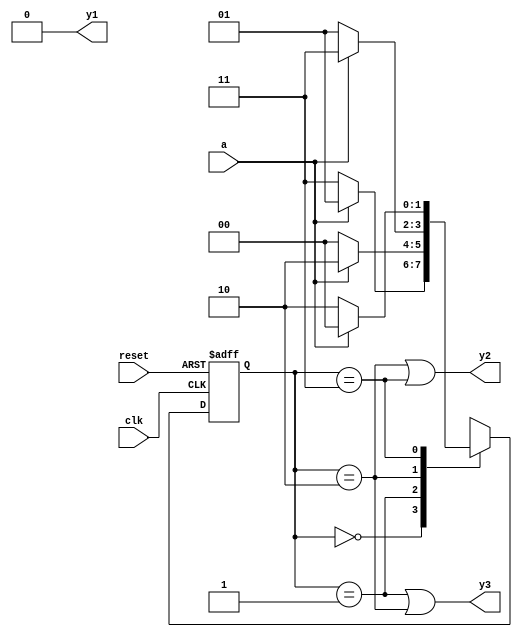
module FSM_Moore (input clk, reset, a, output y1,y2,y3);

reg [1:0] state, nextstate;

parameter e0 = 3'b000;
parameter e1 = 3'b001;
parameter e2 = 3'b010;
parameter e3 = 3'b011;
parameter e4 = 3'b100;
parameter e5 = 3'b101;
parameter e6 = 3'b110;
parameter e7 = 3'b111;

always@(posedge clk or posedge reset)
	if (reset==1)
		state <= e0;
	else
		state <= nextstate;

always@ (*)
	case(state)
		e0: if(a==1) nextstate=e1;
		else nextstate =e7;

		e1: if(a==1) nextstate=e2;
		else nextstate =e0;
		
		e2: if (a==1) nextstate =e3;
		else nextstate= e1;
		
		e3: if(a==1) nextstate=e4;
		else nextstate =e2;
		
		e4: if(a==1) nextstate=e5;
		else nextstate =e3;
		
		e5: if (a==1) nextstate =e6;
		else nextstate= e4;
		
		e6: if(a==1) nextstate=e7;
		else nextstate =e5;
		
		e7: if(a==1) nextstate=e0;
		else nextstate =e6;
		
		default nextstate = e0;
	endcase
		
		assign y1 =(state== e4) | (state==e5) | (state==e6) | (state==e7);
		assign y2 =(state == e2) | (state==e3) | (state==e4) | (state==e5);
		assign y3 =(state == e1) | (state==e2) | (state==e5) | (state==e6);


endmodule